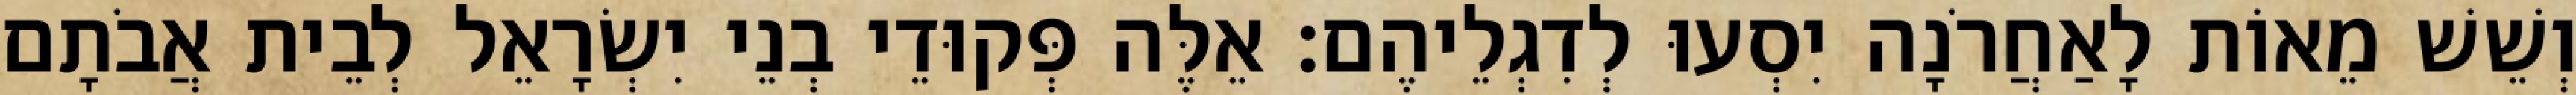
וְשֵׁשׁ מֵאוֹת לָאַחֲרֹנָה יִסְעוּ לְדִגְלֵיהֶם׃ אֵלֶּה פְּקוּדֵי בְנֵי יִשְׂרָאֵל לְבֵית אֲבֹתָם